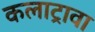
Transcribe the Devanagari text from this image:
कलाट्रावा